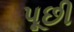
પૂછી